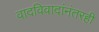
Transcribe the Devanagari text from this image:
वादविवादांनंतरही